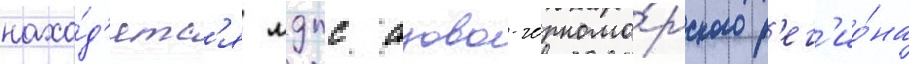
нахо́д'ятс'я мдпс азово-черномо́рского р'ег'ио́на